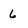
Character: 6